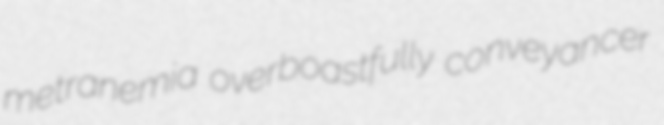
metranemia overboastfully conveyancer